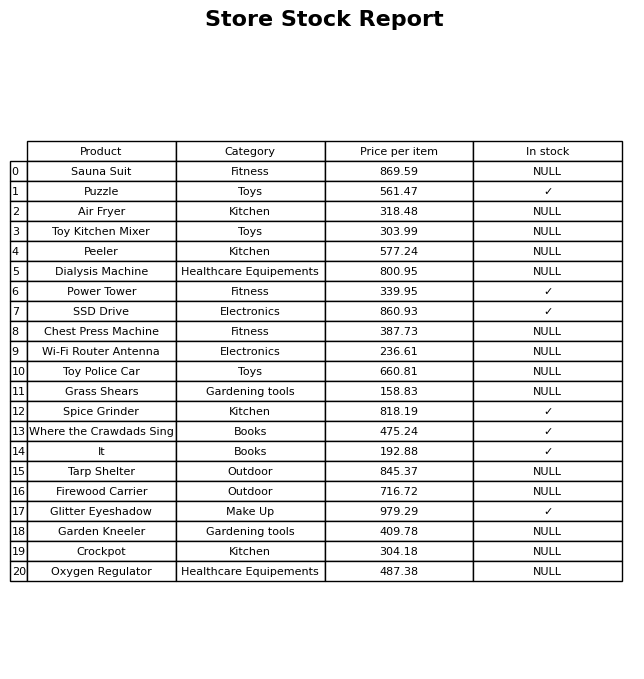
question: What category does the SSD Drive belong to?
answer: Electronics